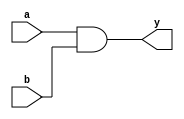
module andGate (y, a, b);
    input a, b;
    output y;

    assign y = a&b;
    
endmodule